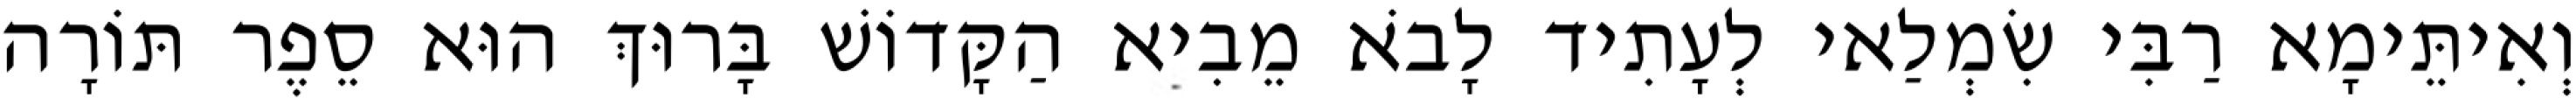
וְאִיתֵּימָא רַבִּי שִׂמְלַאי לְעָתִיד לָבֹא מֵבִיא הַקָּדוֹשׁ בָּרוּךְ הוּא סֵפֶר תּוֹרָה